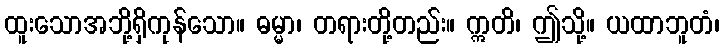
ထူးသောအဘို့ရှိကုန်သော။ ဓမ္မာ၊ တရားတို့တည်း။ ဣတိ၊ ဤသို့။ ယထာဘူတံ၊